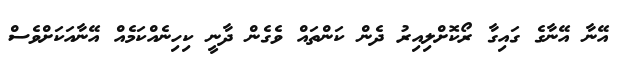
އޭނާ އޭނާގެ ގައިގާ ރޯކޮށްލިއިރު ދެން ކަންތައް ވެގެން ދާނީ ކިހިނެއްކަމެއް އޭނާއަކަށްވެސް